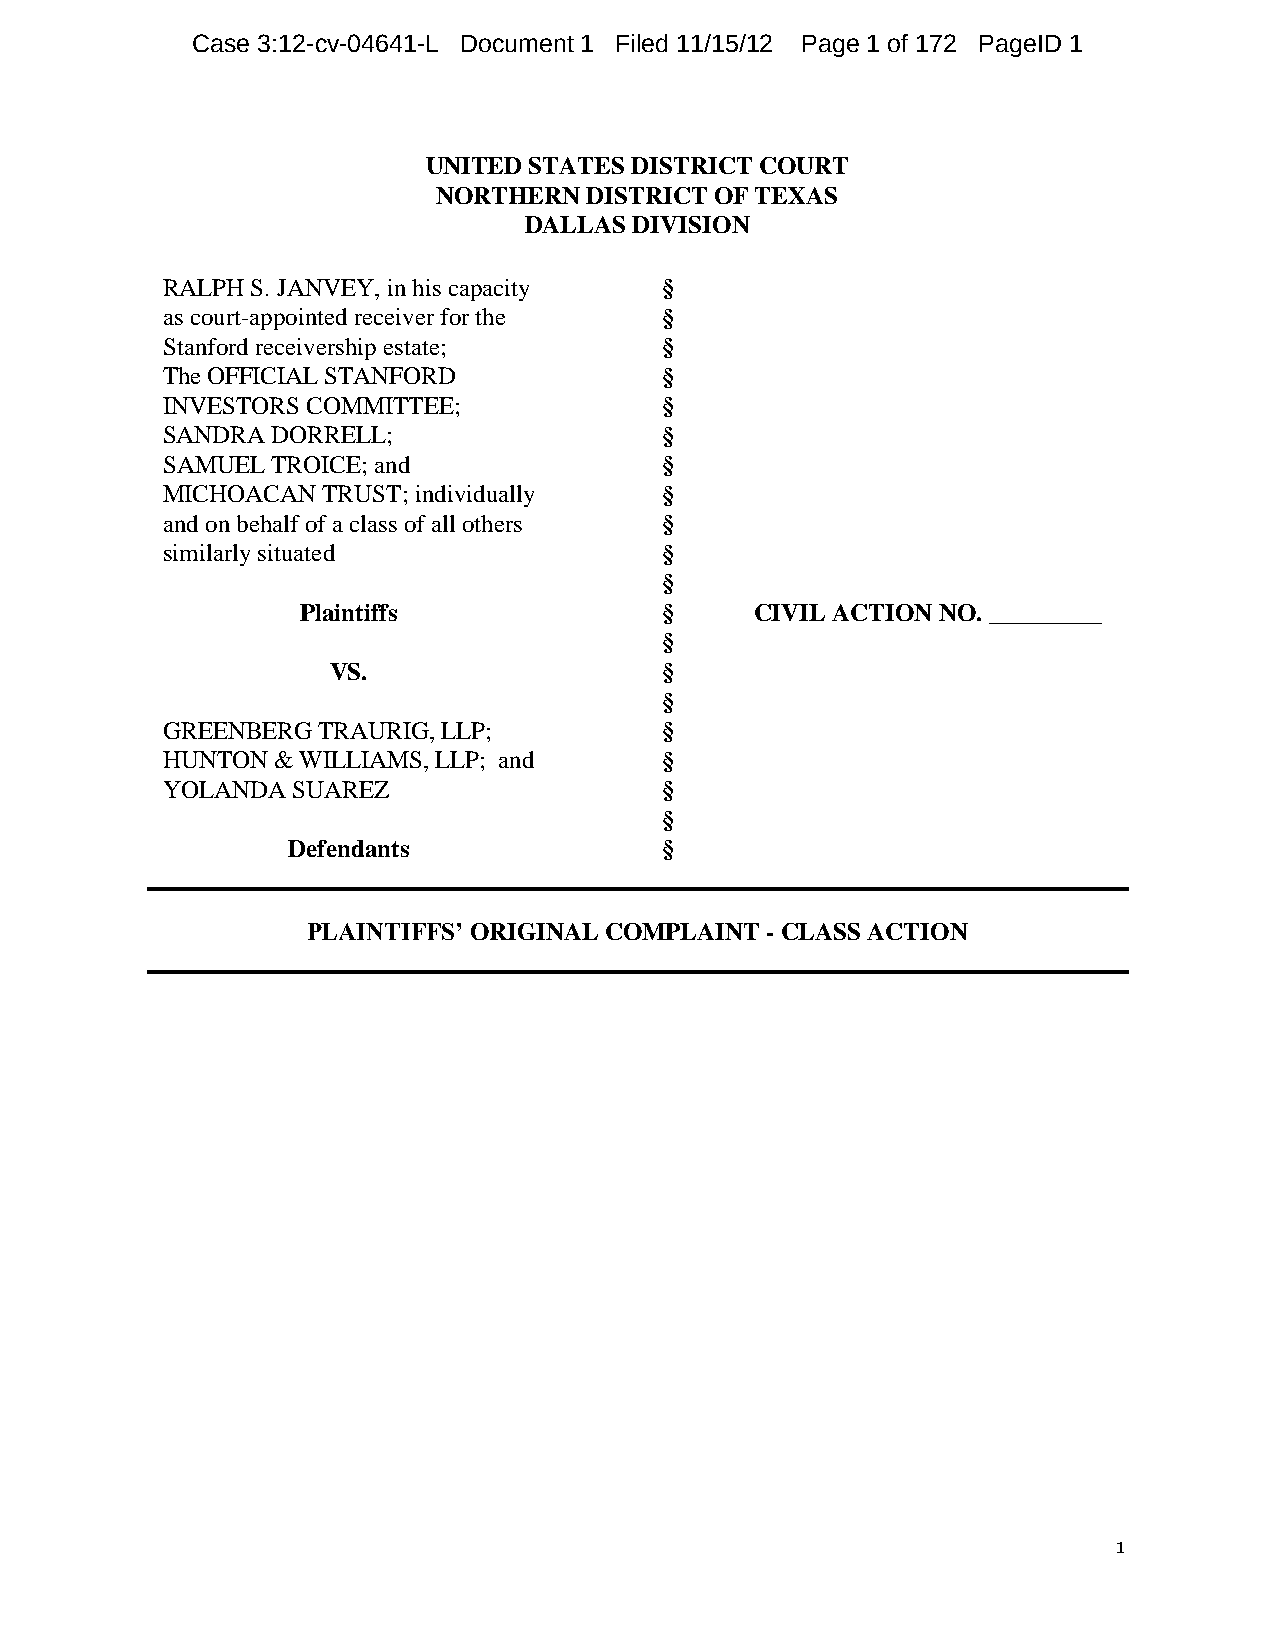
Case 3:12-cv-04641-L Document 1 Filed 11/15/12 Page 1 of 172 PageID 1
 UNITED STATES DISTRICT COURT
 NORTHERN  DISTRICT OF TEXAS
 DALLAS DIVISION
 RALPH S. JANVEY, in his capacity §
 as court-appointed receiver for the §
 Stanford receivership estate;    §
 The OFFICIAL STANFORD            §
 INVESTORS COMMITTEE;             §
 SANDRA DORRELL;                  §
 SAMUEL TROICE; and               §
 MICHOACAN TRUST; individually    §
 and on behalf of a class of all others §
 similarly situated               §
 §
 Plaintiffs              §     CIVIL ACTION NO. _________
 §
 VS.                   §
 §
 GREENBERG TRAURIG, LLP;          §
 HUNTON & WILLIAMS, LLP; and      §
 YOLANDA SUAREZ                   §
 §
 Defendants               §
 PLAINTIFFS’ ORIGINAL COMPLAINT - CLASS ACTION
 1